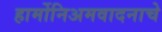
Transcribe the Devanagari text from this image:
हार्मोनिअमवादनाचे